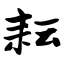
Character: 耘